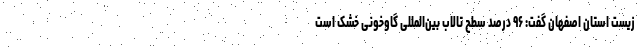
زیست استان اصفهان گفت: ۹۶ درصد سطح تالاب بین‌المللی گاوخونی خشک است